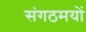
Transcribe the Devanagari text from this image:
संगठमयों